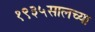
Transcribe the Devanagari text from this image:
१९३५सालच्या